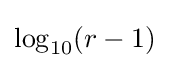
\log _{10}(r-1)